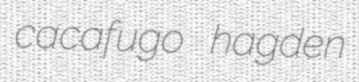
cacafugo hagden